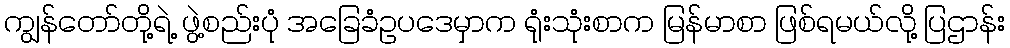
ကျွန်တော်တို့ရဲ့ ဖွဲ့စည်းပုံ အခြေခံဥပဒေမှာက ရုံးသုံးစာက မြန်မာစာ ဖြစ်ရမယ်လို့ ပြဌာန်း